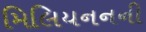
મિલિયનનની